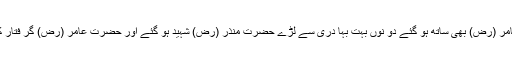
تب حضرت عامر (رض) بھی ساتھ ہو گئے دو نوں بہت بہا دری سے لڑے حضرت منذر (رض) شہید ہو گئے اور حضرت عامر (رض) گر فتار کر لیئے گئے ۔